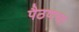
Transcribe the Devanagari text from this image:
पैठणचा